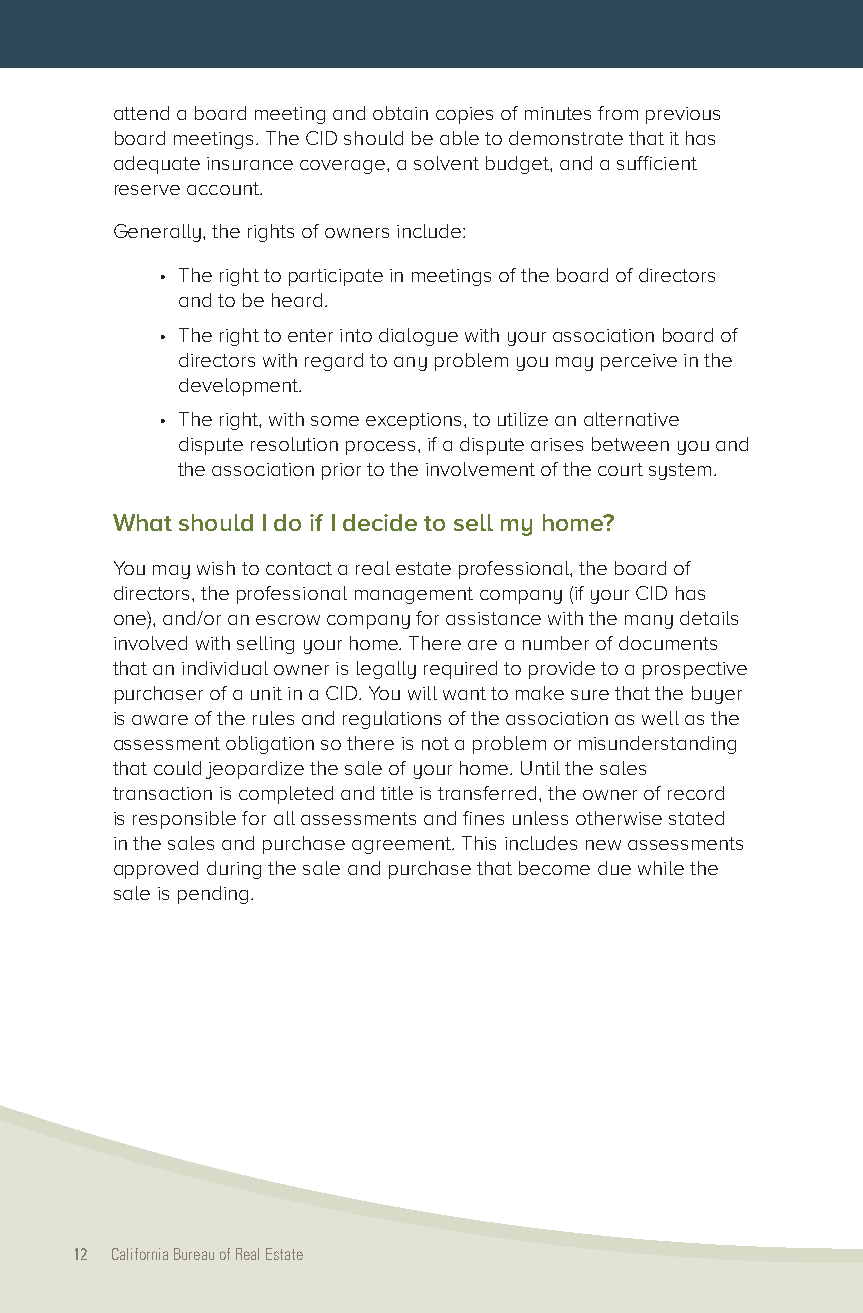
attend a board meeting and obtain copies of minutes from previous
 board meetings. The CID should be able to demonstrate that it has
 adequate insurance coverage, a solvent budget, and a sufficient
 reserve account.
 Generally, the rights of owners include:
 • The right to participate in meetings of the board of directors
 and to be heard.
 • The right to enter into dialogue with your association board of
 directors with regard to any problem you may perceive in the
 development.
 • The right, with some exceptions, to utilize an alternative
 dispute resolution process, if a dispute arises between you and
 the association prior to the involvement of the court system.
 What should I do if I decide to sell my home?
 You may wish to contact a real estate professional, the board of
 directors, the professional management company (if your CID has
 one), and/or an escrow company for assistance with the many details
 involved with selling your home. There are a number of documents
 that an individual owner is legally required to provide to a prospective
 purchaser of a unit in a CID. You will want to make sure that the buyer
 is aware of the rules and regulations of the association as well as the
 assessment obligation so there is not a problem or misunderstanding
 that could jeopardize the sale of your home. Until the sales
 transaction is completed and title is transferred, the owner of record
 is responsible for all assessments and fines unless otherwise stated
 in the sales and purchase agreement. This includes new assessments
 approved during the sale and purchase that become due while the
 sale is pending.
 12 California Bureau of Real Estate